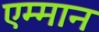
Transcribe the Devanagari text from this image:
एम्मान